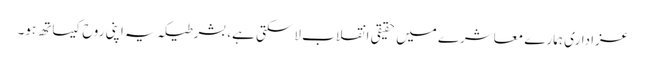
عزاداری ہمارے معاشرے میں حقیقی انقلاب لاسکتی ہے، بشرطیکہ یہ اپنی روح کیساتھ ہو۔